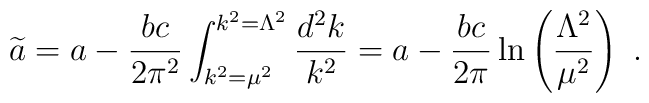
{\widetilde a}=a-{bc\over 2\pi^2}\int_{k^2=\mu^2}^{k^2=\Lambda^2} {d^2 k\over k^2}= a-{bc\over 2\pi}\ln\left({\Lambda^2\over\mu^2}\right)~.